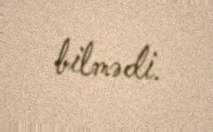
bilmədi.